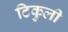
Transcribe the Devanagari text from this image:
टिकुली